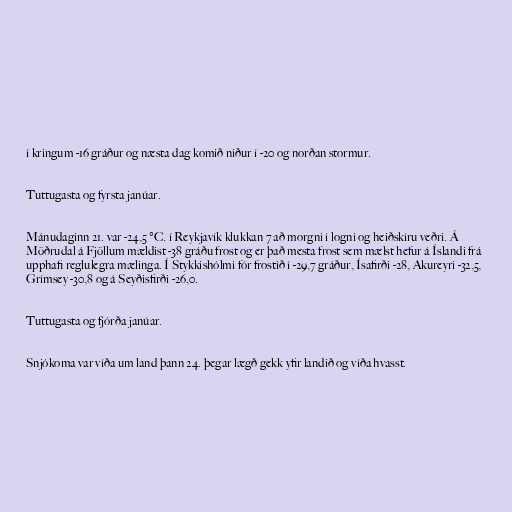
í kringum -16 gráður og næsta dag komið niður í -20 og norðan stormur.

Tuttugasta og fyrsta janúar.

Mánudaginn 21. var -24,5 °C. í Reykjavík klukkan 7 að morgni í logni og heiðskíru veðri. Á
Möðrudal á Fjöllum mældist -38 gráðu frost og er það mesta frost sem mælst hefur á Íslandi frá
upphafi reglulegra mælinga. Í Stykkishólmi fór frostið í -29,7 gráður, Ísafirði -28, Akureyri -32,5,
Grímsey -30,8 og á Seyðisfirði -26,0.

Tuttugasta og fjórða janúar.

Snjókoma var víða um land þann 24. þegar lægð gekk yfir landið og víða hvasst.